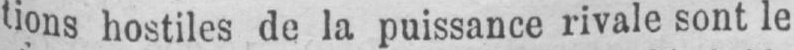
tions hostiles de la puissance rivale sont le